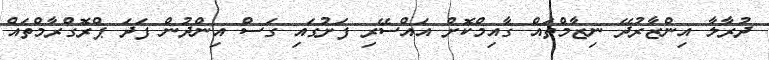
ދުރާލާ އިންޒާރުދޭ ނިޒާމްތައް ގާއިމްކޮށް އައްސޭރި ފަށުގައި ގަސް އިންދުން ފަދަ ޕްރޮގްރާމްތައް